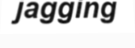
jagging